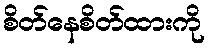
စိတ်နေစိတ်ထားကို